Civil Veterinary Dept. Bombay admin report 1932-41 - 1932-1941
Year: 1932
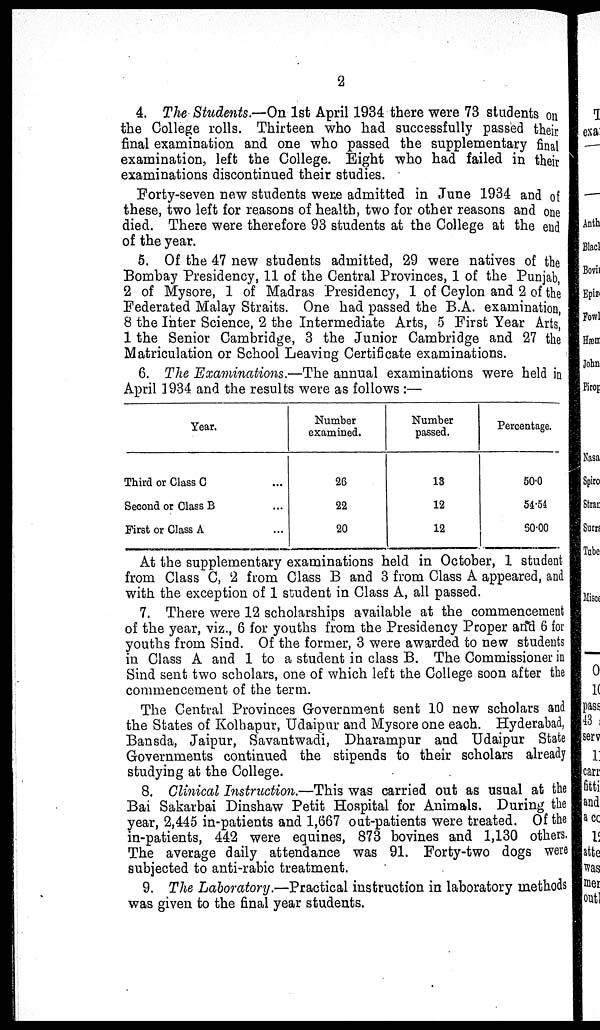
2
4. The Students.—On 1st April 1934 there were 73 students on
the College rolls. Thirteen who had successfully passed their
final examination and one who passed the supplementary final
examination, left the College. Eight who had failed in their
examinations discontinued their studies.
Forty-seven new students were admitted in June 1934 and of
these, two left for reasons of health, two for other reasons and one
died. There were therefore 93 students at the College at the end
of the year.
5. Of the 47 new students admitted, 29 were natives of the
Bombay Presidency, 11 of the Central Provinces, 1 of the Punjab,
2 of Mysore, 1 of Madras Presidency, 1 of Ceylon and 2 of the
Federated Malay Straits. One had passed the B.A. examination,
8 the Inter Science, 2 the Intermediate Arts, 5 First Year Arts,
1 the Senior Cambridge, 3 the Junior Cambridge and 27 the
Matriculation or School Leaving Certificate examinations.
6. The Examinations.—The annual examinations were held in
April 1934 and the results were as follows :—
Year.
Third or Class C ...
Second or Class B ...
First or Class A ...
Number
examined.
26
22
20
Number
passed.
13
12
12
Percentage.
50.0
54.54
60.00
At the supplementary examinations held in October, 1 student
from Class C, 2 from Class B and 3 from Class A appeared, and
with the exception of 1 student in Class A, all passed.
7. There were 12 scholarships available at the commencement
of the year, viz., 6 for youths from the Presidency Proper and 6 for
youths from Sind. Of the former, 3 were awarded to new students
in Class A and 1 to a student in class B. The Commissioner in
Sind sent two scholars, one of which left the College soon after the
commencement of the term.
The Central Provinces Government sent 10 new scholars and
the States of Kolhapur, Udaipur and Mysore one each. Hyderabad,
Bansda, Jaipur, Savantwadi, Dharampur and Udaipur State
Governments continued the stipends to their scholars already
studying at the College.
8. Clinical Instruction.—This was carried out as usual at the
Bai Sakarbai Dinshaw Petit Hospital for Animals. During the
year, 2,445 in-patients and 1,667 out-patients were treated. Of the
in-patients, 442 were equines, 873 bovines and 1,130 others.
The average daily attendance was 91. Forty-two dogs were
subjected to anti-rabic treatment.
9. The Laboratory.—Practical instruction in laboratory methods
was given to the final year students.